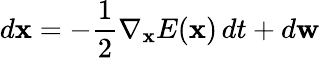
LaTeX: d\mathbf{x}=-\frac{1}{2}\nabla_{\mathbf{x}}E(\mathbf{x})\, dt+d\mathbf{w}